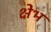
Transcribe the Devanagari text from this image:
क्षेभ